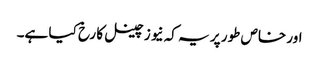
اور خاص طور پر یہ کہ نیوز چینل کا رخ کیا ہے۔